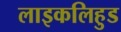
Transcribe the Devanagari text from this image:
लाइकलिहुड